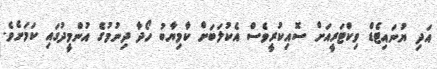
އަދި ޔުނައިޓެޑް ވިކްޓަރީއަށް ސޮއިކުރީވެސް އެކުލަބަށް ކާމިޔާބު ހޯދާ ދިނުމުގެ އުންމީދުގައި ކަމަށެވެ.